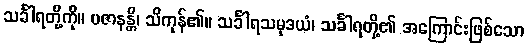
သင်္ခါရတို့ကို။ ပဇာနန္တိ၊ သိကုန်၏။ သင်္ခါရသမုဒယံ၊ သင်္ခါရတို့၏ အကြောင်းဖြစ်သော